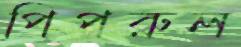
পিপরুল